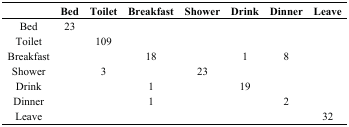
<table><thead><tr><td>[EMPTY_CELL]</td><td><b>Bed</b></td><td><b>Toilet</b></td><td><b>Breakfast</b></td><td><b>Shower</b></td><td><b>Drink</b></td><td><b>Dinner</b></td><td><b>Leave</b></td></tr></thead><tbody><tr><td>Bed</td><td>23</td><td>[EMPTY_CELL]</td><td>[EMPTY_CELL]</td><td>[EMPTY_CELL]</td><td>[EMPTY_CELL]</td><td>[EMPTY_CELL]</td><td>[EMPTY_CELL]</td></tr><tr><td>Toilet</td><td>[EMPTY_CELL]</td><td>109</td><td>[EMPTY_CELL]</td><td>[EMPTY_CELL]</td><td>[EMPTY_CELL]</td><td>[EMPTY_CELL]</td><td>[EMPTY_CELL]</td></tr><tr><td>Breakfast</td><td>[EMPTY_CELL]</td><td>[EMPTY_CELL]</td><td>18</td><td>[EMPTY_CELL]</td><td>1</td><td>8</td><td>[EMPTY_CELL]</td></tr><tr><td>Shower</td><td>[EMPTY_CELL]</td><td>3</td><td>[EMPTY_CELL]</td><td>23</td><td>[EMPTY_CELL]</td><td>[EMPTY_CELL]</td><td>[EMPTY_CELL]</td></tr><tr><td>Drink</td><td>[EMPTY_CELL]</td><td>[EMPTY_CELL]</td><td>1</td><td>[EMPTY_CELL]</td><td>19</td><td>[EMPTY_CELL]</td><td>[EMPTY_CELL]</td></tr><tr><td>Dinner</td><td>[EMPTY_CELL]</td><td>[EMPTY_CELL]</td><td>1</td><td>[EMPTY_CELL]</td><td>[EMPTY_CELL]</td><td>2</td><td>[EMPTY_CELL]</td></tr><tr><td>Leave</td><td>[EMPTY_CELL]</td><td>[EMPTY_CELL]</td><td>[EMPTY_CELL]</td><td>[EMPTY_CELL]</td><td>[EMPTY_CELL]</td><td>[EMPTY_CELL]</td><td>32</td></tr></tbody></table>